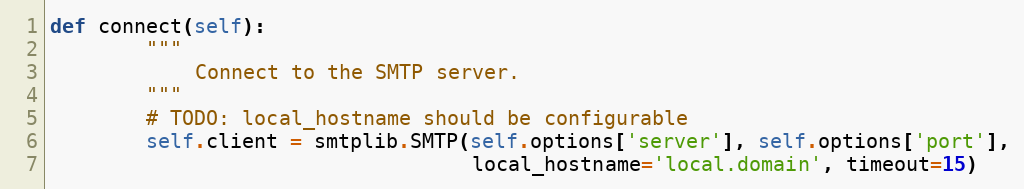
Language: Python
def connect(self):
        """
            Connect to the SMTP server.
        """
        # TODO: local_hostname should be configurable
        self.client = smtplib.SMTP(self.options['server'], self.options['port'],
                                   local_hostname='local.domain', timeout=15)